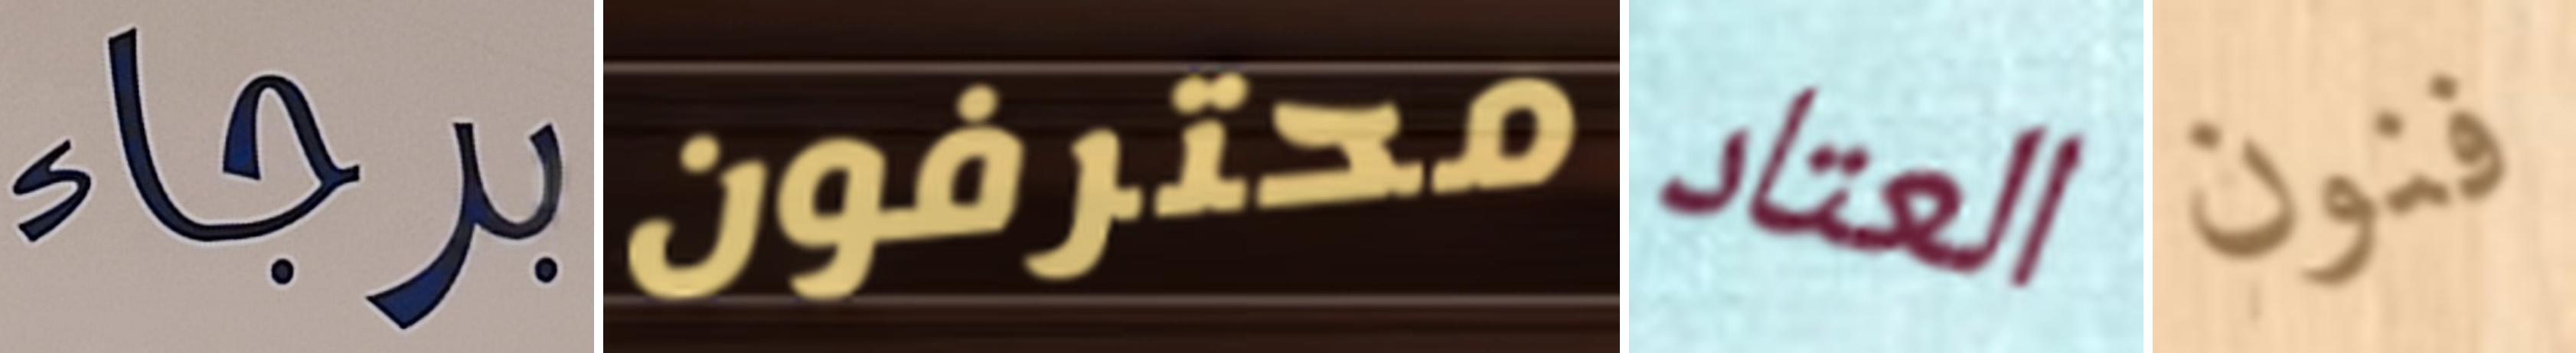
برجاء محترفون العتاد فنون